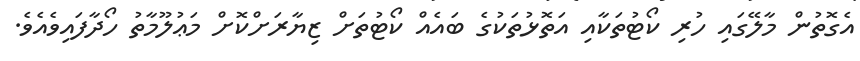
އެގޮތުން މާލޭގައި ހުރި ކޯޓުތަކާއި އަތޮޅުތަކުގެ ބައެއް ކޯޓުތަށް ޒިޔާރަށްކޮށް މަޢުލޫމާތު ހޯދާފައިވެއެވެ.